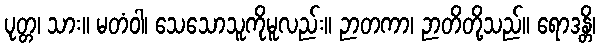
ပုတ္တ၊ သား။ မတံဝါ၊ သေသောသူကိုမူလည်း။ ဉာတကာ၊ ဉာတိတို့သည်။ ရောဒန္တိ၊